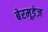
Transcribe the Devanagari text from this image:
बेरमूडेज़